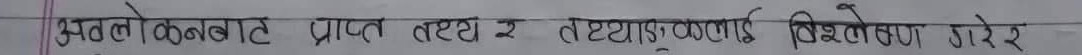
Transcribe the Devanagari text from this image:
अवलोकनबाट प्राप्त तथ्य र तथ्याङ्कलाई विश्लेषण गरेर र